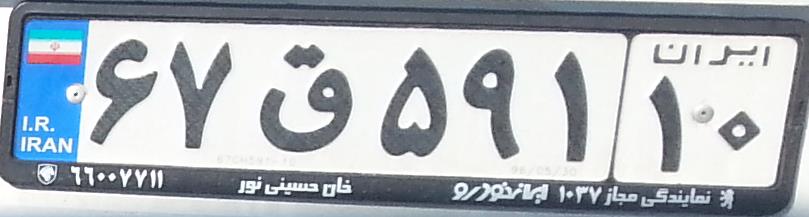
۶۷ق۵۹۱۱۰